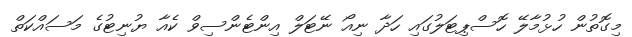
މިގޮތުން ހުޅުމާލޭ ހޮސްޕިޓަލުގައި ހަދާ ނިއޯ ނޭޓަލް އިންޓެންސިވް ކެއާ ޔުނިޓުގެ މަސައްކަތް